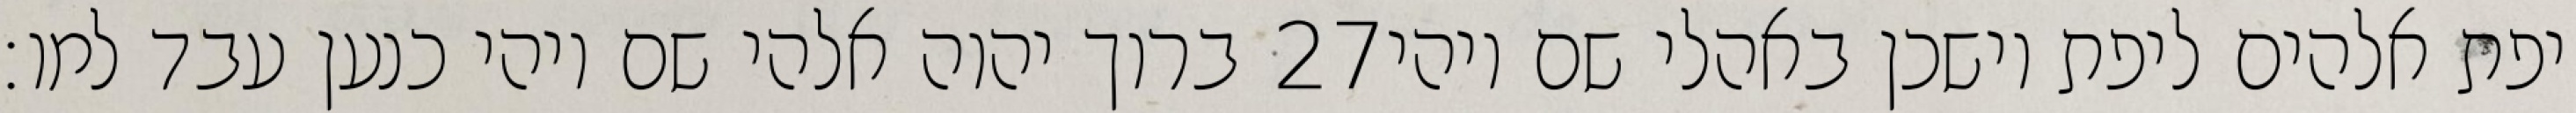
ברוך יהוה אלהי שם ויהי כנען עבד למו׃ ‎27‏ יפת אלהים ליפת וישכן באהלי שם ויהי